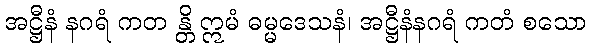
အဋ္ဌီနံ နဂရံ ကတ န္တိ ဣမံ ဓမ္မဒေသနံ၊ အဋ္ဌီနံနဂရံ ကတံ စသော